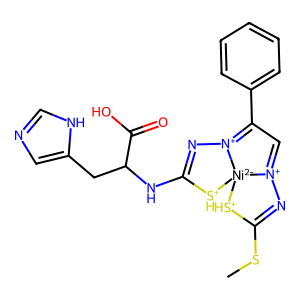
SMILES: CSC1=N[N+]2=CC(c3ccccc3)=[N+]3N=C(NC(Cc4cnc[nH]4)C(=O)O)[SH+][Ni-2]23[SH+]1
Inhibits HIV replication: No